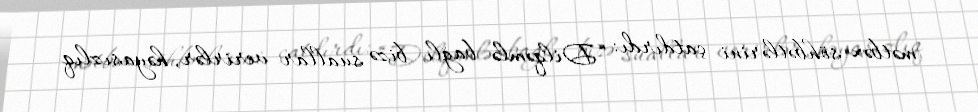
mətbəx söhbətlərini çatdırdı: “Dilqəmlə bağlı bizə suallar verirlər, həyasızlıq